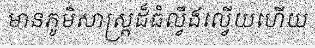
មានភូមិសាស្ត្រដ៏ធំល្វឹងល្វើយហើយ